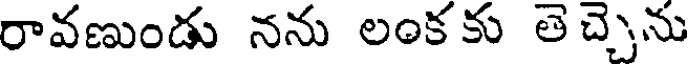
రావణుండు నను లంకకు తెచ్చెను